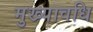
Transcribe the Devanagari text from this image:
मुख्यावधि